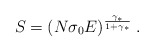
\begin{align*}S = (N \sigma_0 E)^{\frac{\gamma_*}{1 + \gamma_*}} \; .\end{align*}